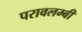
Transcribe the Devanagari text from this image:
परावलम्बी